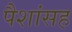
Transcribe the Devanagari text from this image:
पैशांसह